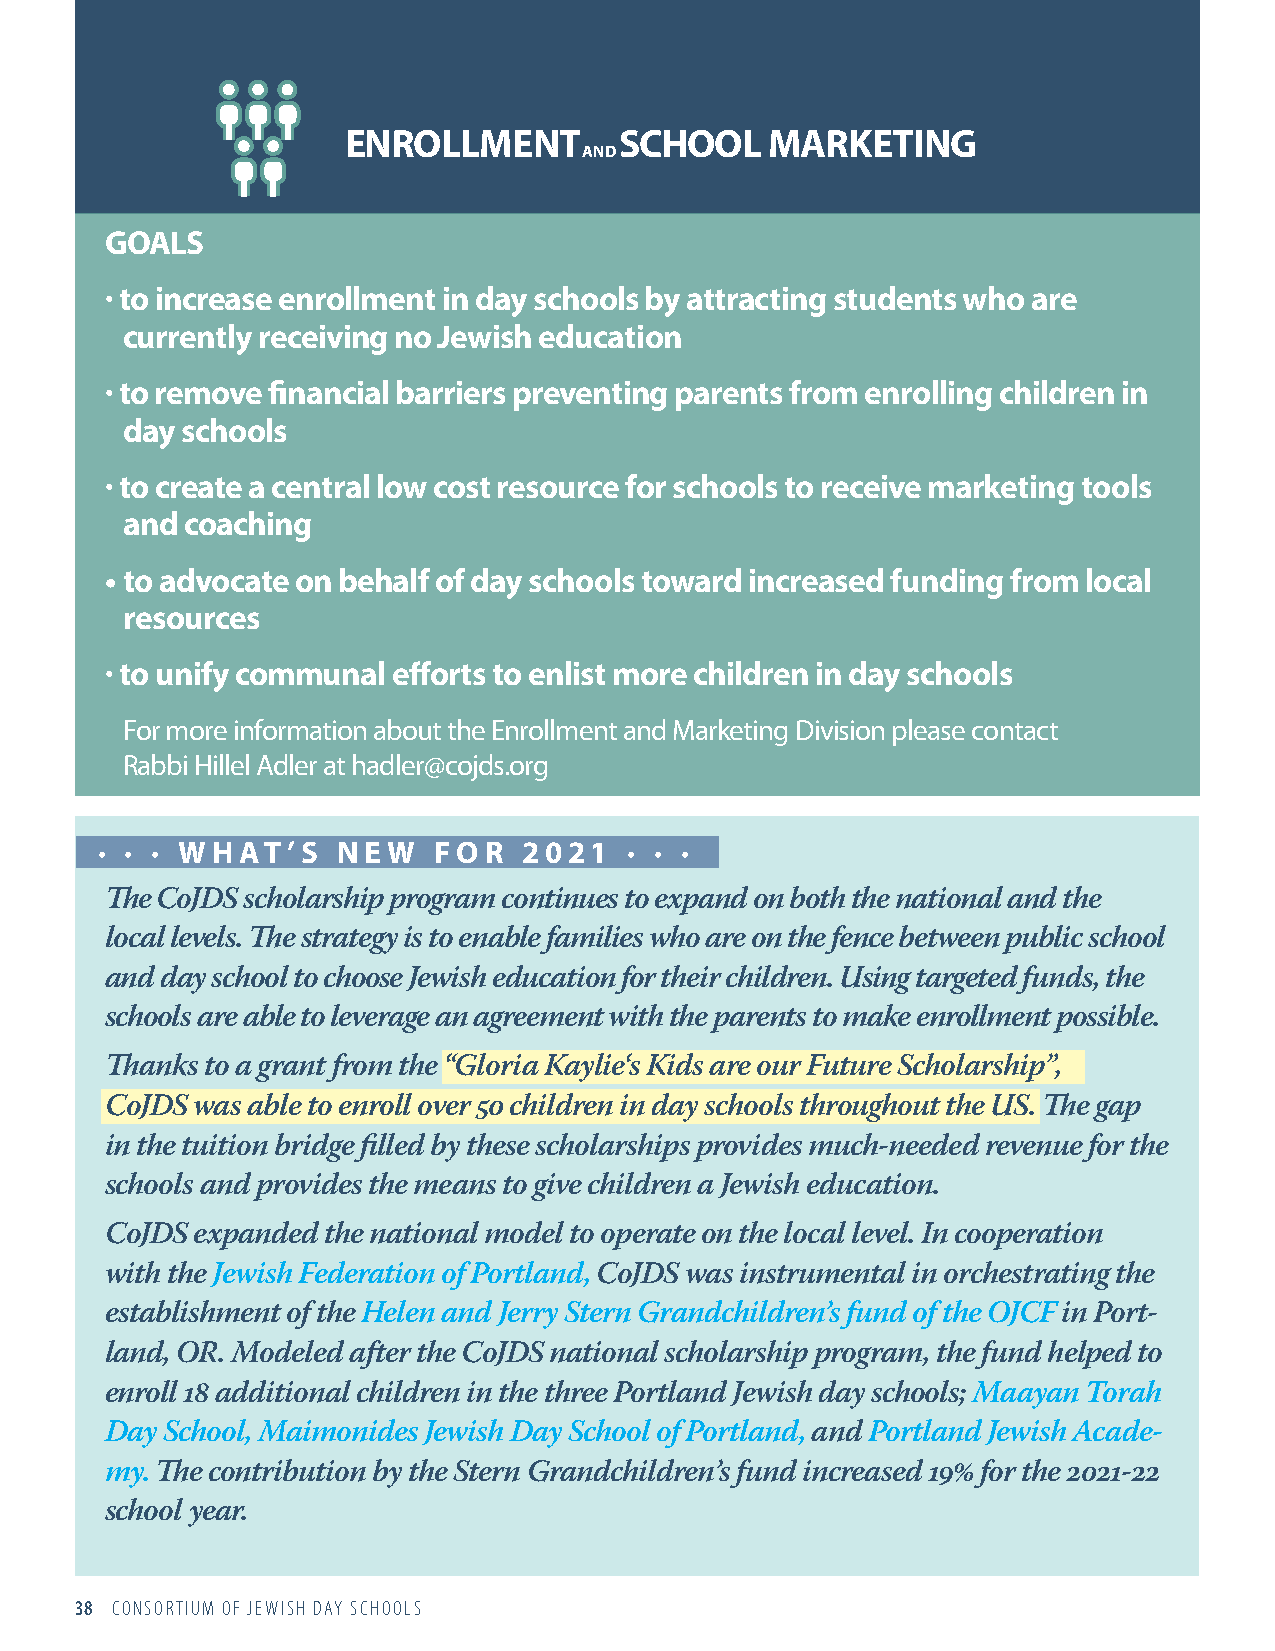
ENROLLMENT        SCHOOL    MARKETING
 AND
 GOALS
 · to increase enrollment in day schools by attracting students who are
 currently receiving no Jewish education
 · to remove financial barriers preventing parents from enrolling children in
 day schools
 · to create a central low cost resource for schools to receive marketing tools
 and coaching
 • to advocate on behalf of day schools toward increased funding from local
 resources
 · to unify communal efforts to enlist more children in day schools
 For more information about the Enrollment and Marketing Division please contact
 Rabbi Hillel Adler at hadler@cojds.org
 ∙ ∙ ∙ WHAT’S    N E W  FO R  2021   ∙ ∙ ∙
 The CoJDS scholarship program continues to expand on both the national and the
 local levels. The strategy is to enable families who are on the fence between public school
 and day school to choose Jewish education for their children. Using targeted funds, the
 schools are able to leverage an agreement with the parents to make enrollment possible.
 Thanks to a grant from the “Gloria Kaylie‘s Kids are our Future Scholarship”,
 CoJDS was able to enroll over 50 children in day schools throughout the US. The gap
 in the tuition bridge filled by these scholarships provides much-needed revenue for the
 schools and provides the means to give children a Jewish education.
 CoJDS expanded the national model to operate on the local level. In cooperation
 with the Jewish Federation of Portland, CoJDS was instrumental in orchestrating the
 establishment of the Helen and Jerry Stern Grandchildren’s fund of the OJCF in Port-
 land, OR. Modeled after the CoJDS national scholarship program, the fund helped to
 enroll 18 additional children in the three Portland Jewish day schools; Maayan Torah
 Day School, Maimonides Jewish Day School of Portland, and Portland Jewish Acade-
 my. The contribution by the Stern Grandchildren’s fund increased 19% for the 2021-22
 school year.
 38 CONSORTIUM OF JEWISH DAY SCHOOLS